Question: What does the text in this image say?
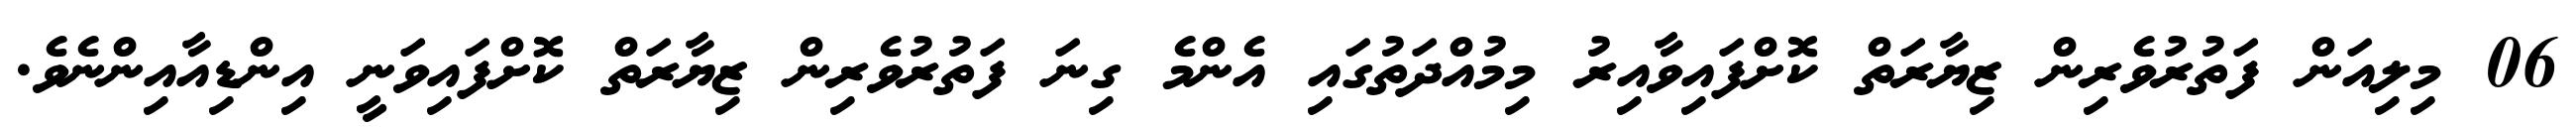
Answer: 06 މިލިއަން ފަތުރުވެރިން ޒިޔާރަތް ކޮށްފައިވާއިރު މިމުއްދަތުގައި އެންމެ ގިނަ ފަތުރުވެރިން ޒިޔާރަތް ކޮށްފައިވަނީ އިންޑިއާއިންނެވެ.